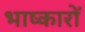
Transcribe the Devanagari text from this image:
भाष्कारों